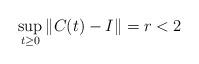
LaTeX: \begin{align*}\sup_{t\geq0}\|C(t)-I\|=r<2\end{align*}